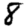
Digit: 8